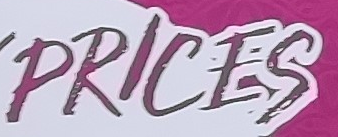
PRICES